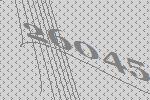
26045